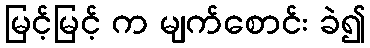
မြင့်မြင့် က မျက်စောင်း ခဲ၍